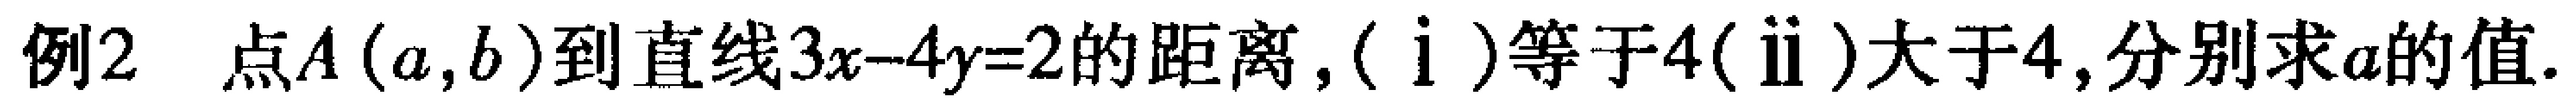
例2 点\(A(a,b)\)到直线\(3x - 4y = 2\)的距离，(ⅰ)等于\(4\)(ⅱ)大于\(4\),分别求\(a\)的值.